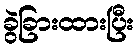
ခွဲခြားထားပြီး